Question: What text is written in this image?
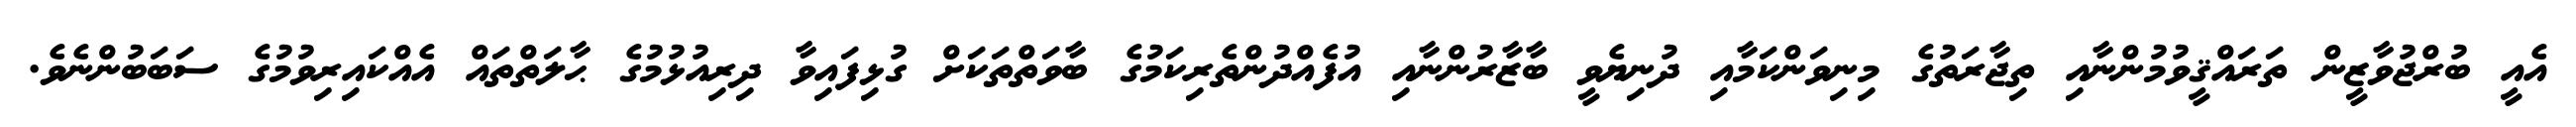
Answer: އެއީ ބުރްޖުވާޒީން ތަރައްޤީވުމުންނާއި ތިޖާރަތުގެ މިނިވަންކަމާއި ދުނިޔެވީ ބާޒާރުންނާއި އުފެއްދުންތެރިކަމުގެ ބާވަތްތަކަށް ގުޅިފައިވާ ދިރިއުޅުމުގެ ޙާލަތްތައް އެއްކައިރިވުމުގެ ސަބަބުންނެވެ.